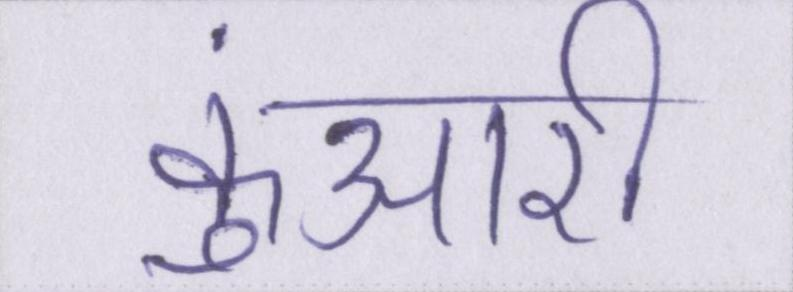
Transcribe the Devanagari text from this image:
कुंआरी